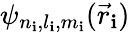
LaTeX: \psi_{n_{\mathbf{i}},l_{\mathbf{i}},m_{\mathbf{i}}}({\vec{{r}}}_{\mathbf{i}})